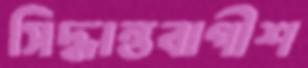
সিদ্ধান্তবাগীশ